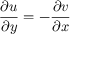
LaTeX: { \frac { \partial u } { \partial y } } = - { \frac { \partial v } { \partial x } }